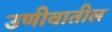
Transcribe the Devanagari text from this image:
उणीवातील